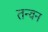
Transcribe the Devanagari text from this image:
तन्वन